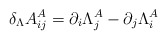
\begin{align*}\delta_\Lambda A^A_{ij} = \partial_{i} \Lambda^A_j -\partial_j \Lambda^A_i\end{align*}